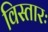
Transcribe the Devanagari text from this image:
विस्तारः